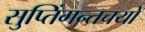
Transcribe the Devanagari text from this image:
सुप्तिंगन्तचयो